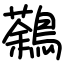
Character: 鷋